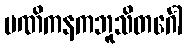
မဏိကနကဘူသိတင်္ဂေါ